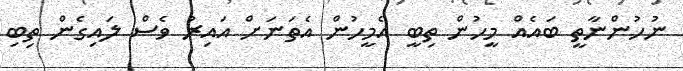
ނުހުންނާތީ ބައެއް މީހުން ތިބީ އެމީހުން އެތަނަށް އައިރު ވެސް ލައިގެން ތިބި